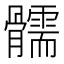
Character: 𩪰